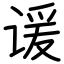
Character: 谖